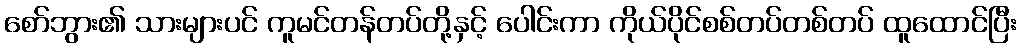
စော်ဘွား၏ သားများပင် ကူမင်တန်တပ်တို့နှင့် ပေါင်းကာ ကိုယ်ပိုင်စစ်တပ်တစ်တပ် ထူထောင်ပြီး